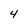
Character: 4